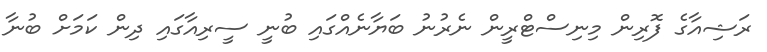
ރަޝިއާގެ ފޮރިން މިނިސްޓްރީން ނެރުނު ބަޔާނެއްގައި ބުނީ ސީރިއާގައި ދިން ކަމަށް ބުނާ